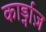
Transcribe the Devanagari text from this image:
कार्ड्नाज़